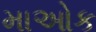
માઓક